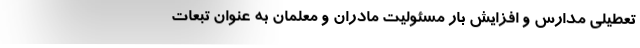
تعطیلی مدارس و افزایش بار مسئولیت مادران و معلمان به عنوان تبعات